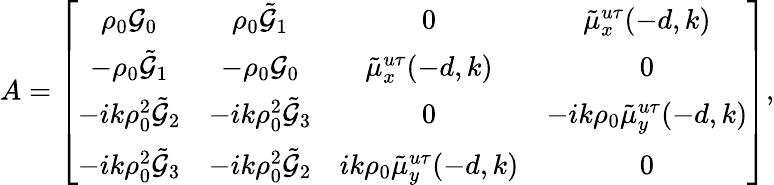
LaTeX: A=\left[\begin{array}{cccc}{\rho_{0}\mathcal{G}_{0}}&{\rho_{0}\tilde{\mathcal{G}}_{1}}&{0}&{\tilde{\mu}_{x}^{u\tau}(-d,k)}\\ {-\rho_{0}\tilde{\mathcal{G}}_{1}}&{-\rho_{0}\mathcal{G}_{0}}&{\tilde{\mu}_{x}^{u\tau}(-d,k)}&{0}\\ {-ik\rho_{0}^{2}\tilde{\mathcal{G}}_{2}}&{-ik\rho_{0}^{2}\tilde{\mathcal{G}}_{3}}&{0}&{-ik\rho_{0}\tilde{\mu}_{y}^{u\tau}(-d,k)}\\ {-ik\rho_{0}^{2}\tilde{\mathcal{G}}_{3}}&{-ik\rho_{0}^{2}\tilde{\mathcal{G}}_{2}}&{ik\rho_{0}\tilde{\mu}_{y}^{u\tau}(-d,k)}&{0}\end{array}\right],